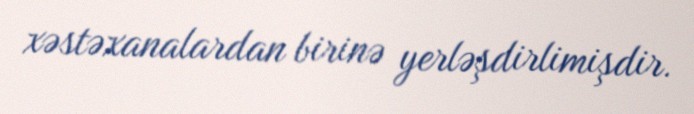
xəstəxanalardan birinə yerləşdirlimişdir.